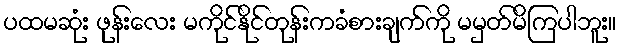
ပထမဆုံး ဖုန်းလေး မကိုင်နိုင်တုန်းကခံစားချက်ကို မမှတ်မိကြပါဘူး။